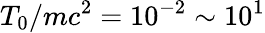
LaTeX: T_{0}/mc^{2}=10^{-2}\sim 10^{1}